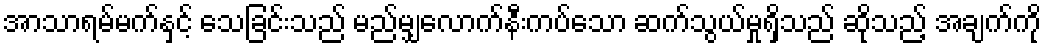
အာသာရမ်မက်နှင့် သေခြင်းသည် မည်မျှလောက်နီးကပ်သော ဆက်သွယ်မှုရှိသည် ဆိုသည့် အချက်ကို